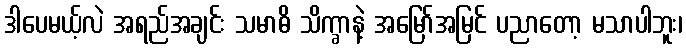
ဒါပေမယ့်လဲ အရည်အချင်း သမာဓိ သိက္ခာနဲ့ အမြော်အမြင် ပညာတော့ မသာပါဘူး၊